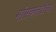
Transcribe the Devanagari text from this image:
मांसकातडीच्या